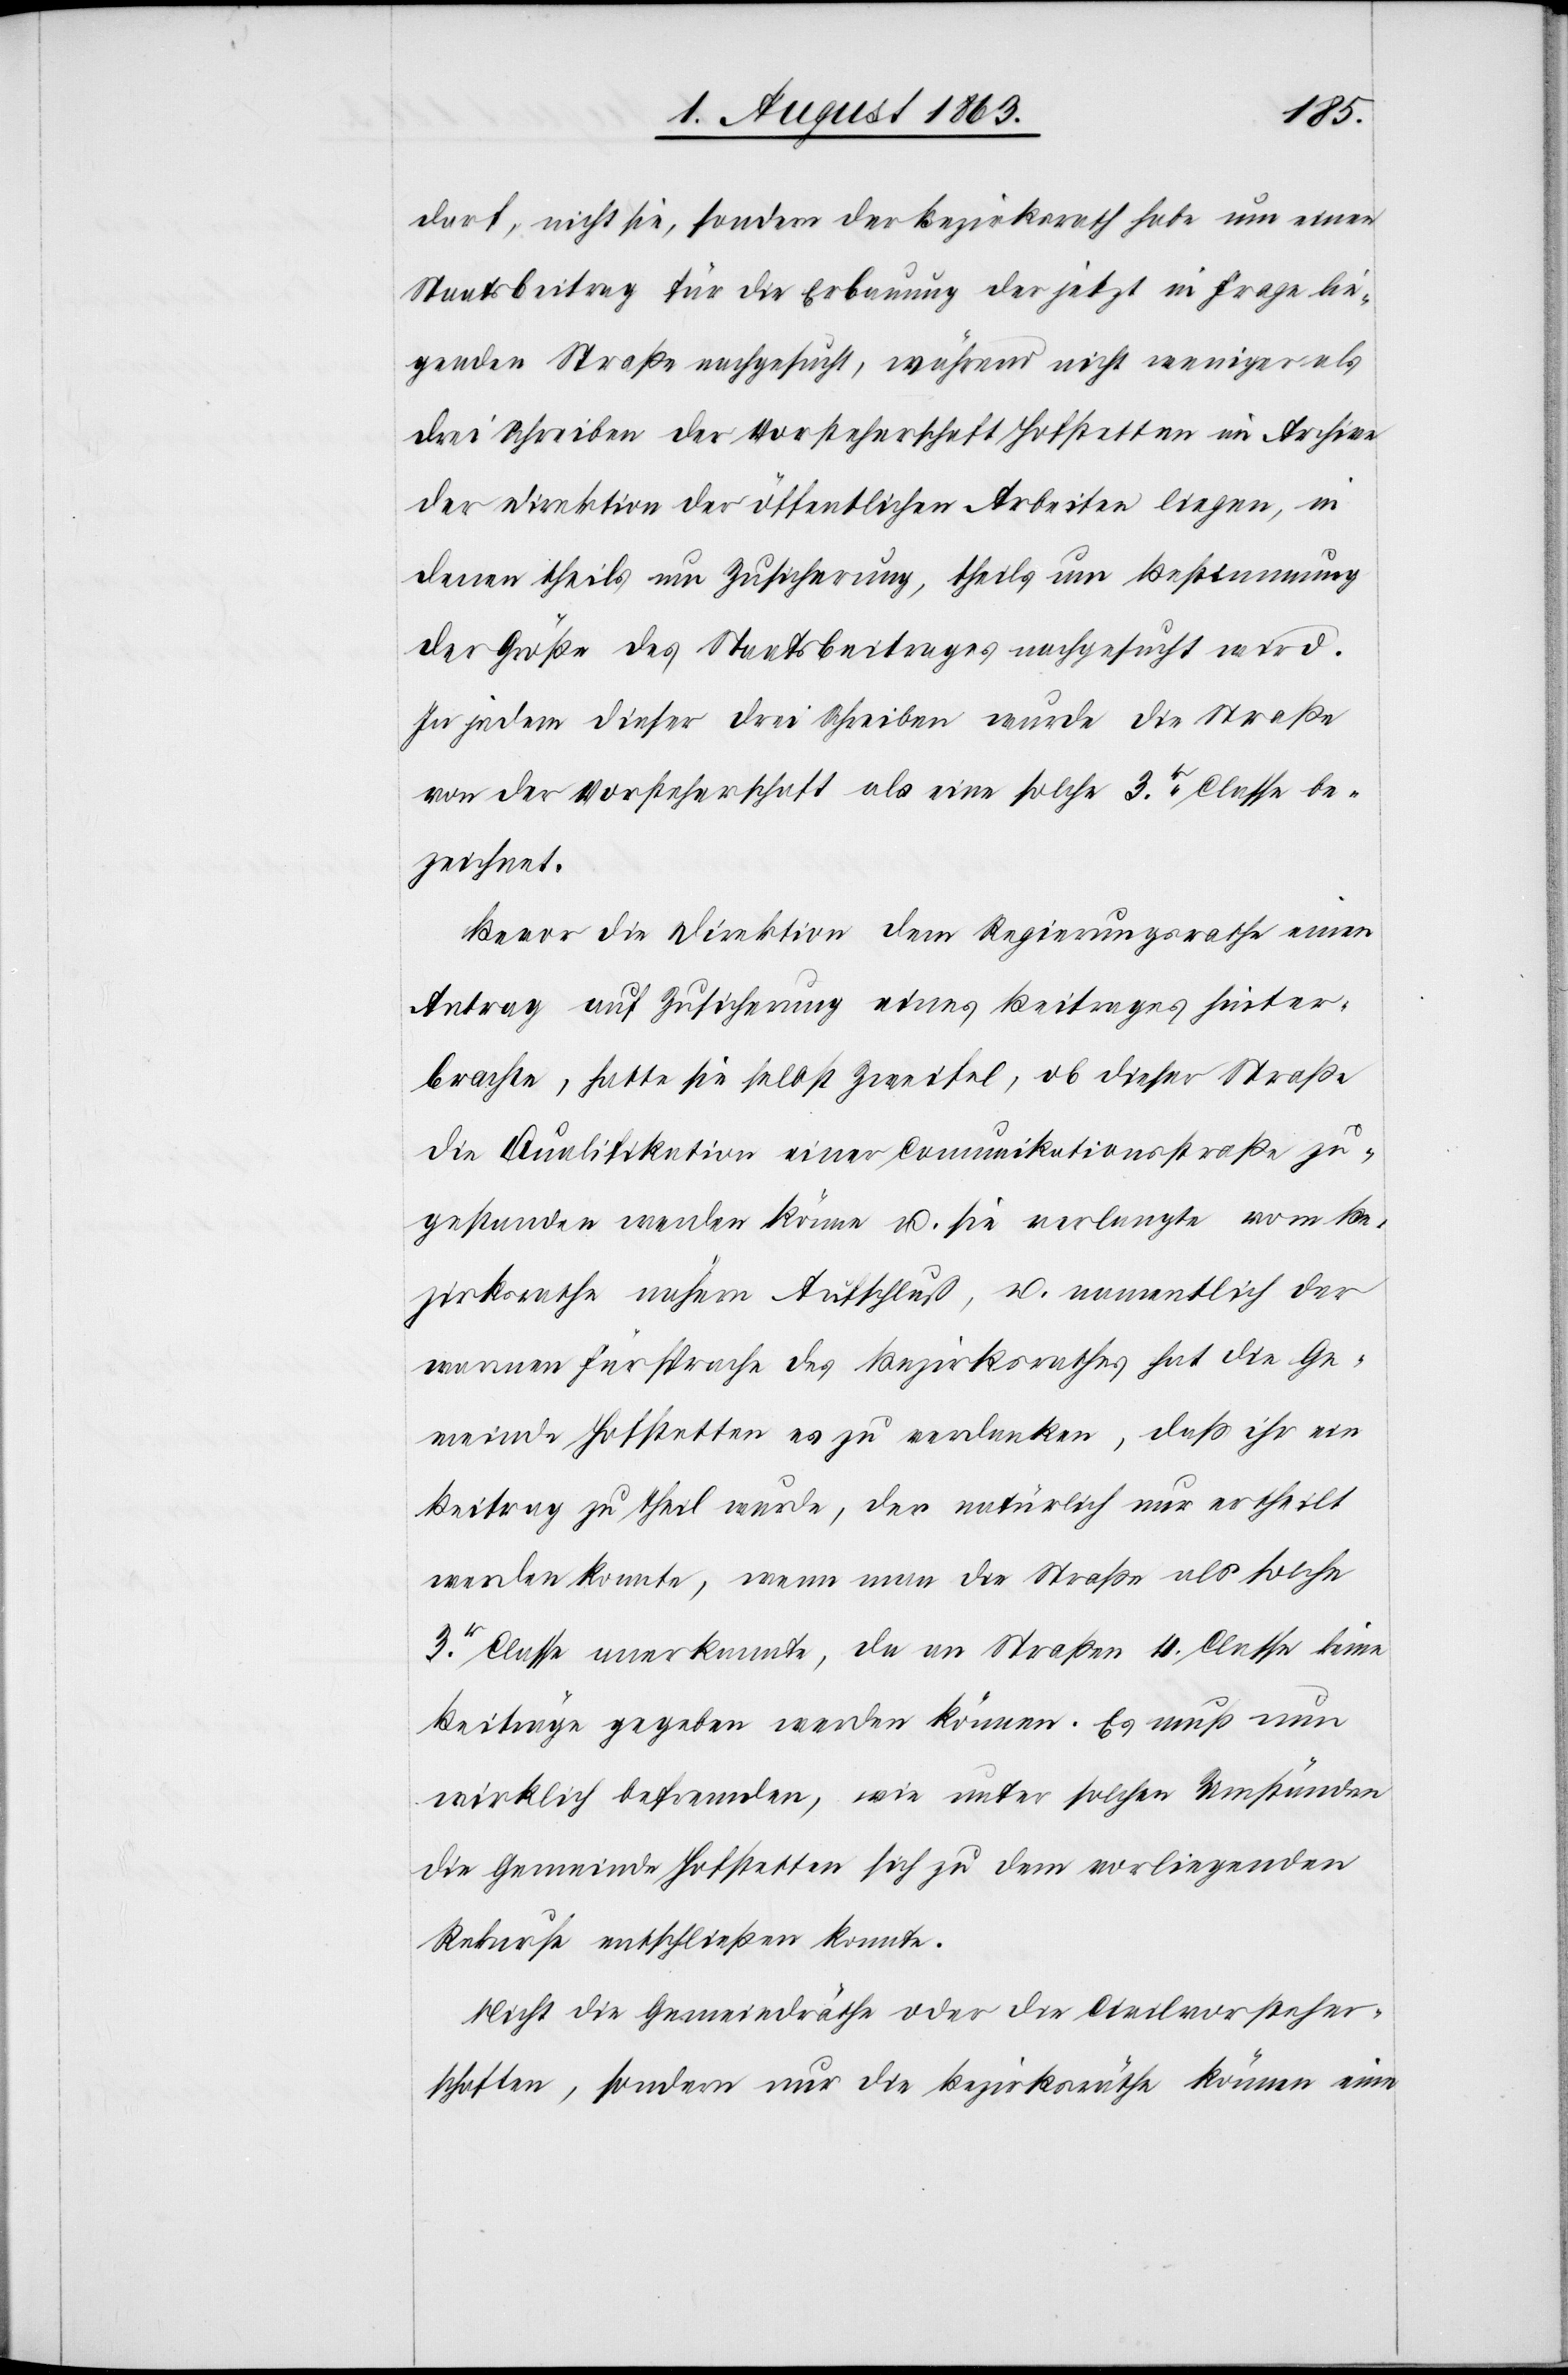
darf, nicht sie, sondern der Bezirksrath habe um einen
Staatsbeitrag für die Erbauung der jetzt in Frage lie¬
genden Straße nachgesucht, während nicht weniger als
drei Schreiben der Vorsteherschaft Hofstetten im Archive
der Direktion der öffentlichen Arbeiten liegen, in
denen theils um Zusicherung, theils um Bestimmung
der Größe des Staatsbeitrages nachgesucht wird.
In jedem dieser drei Schreiben wurde die Straße
von der Vorsteherschaft als eine solche 3r Classe be¬
zeichnet.
Bevor die Direktion dem Regierungsrathe einen
Antrag auf Zusicherung eines Beitrages hinter¬
brachte, hatte sie selbst Zweifel, ob dieser Straße
die Qualifikation einer Comunikationsstraße zu¬
gestanden werden könne u. sie verlangte vom Be¬
zirksrathe nähern Aufschluß, u. namentlich der
warmen Fürsprache des Bezirksrathes hat die Ge¬
meinde Hofstetten es zu verdanken, daß ihr ein
Beitrag zu Theil wurde, der natürlich nur ertheilt
werden konnte, wenn man die Straße als solche
3r Classe anerkannte, da an Straßen 4. Classe keine
Beiträge gegeben werden können. Es muß nun
wirklich befremden, wie unter solchen Umständen
die Gemeinde Hofstetten sich zu dem vorliegenden
Rekurse entschließen konnte.
Nicht die Gemeindräthe oder die Civilvorsteher¬
schaften, sondern nur die Bezirksräthe können eine